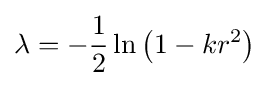
\lambda =-{\frac {1}{2}}\ln \left(1-kr^{2}\right)